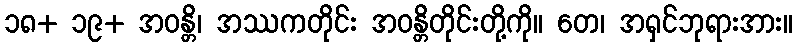
၁၈+ ၁၉+ အဝန္တိ၊ အဿကတိုင်း အဝန္တိတိုင်းတို့ကို။ တေ၊ အရှင်ဘုရားအား။